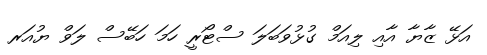
އަޅޭ ޒާޔާ އާއި ލިއަމް ގުޅުވަބަލަ ސްޓޯރީ ހަމަ ހަބޭސް ލަވް ޔުއަރ